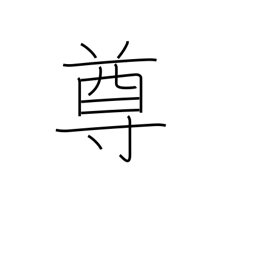
Meaning: noble